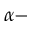
\alpha -